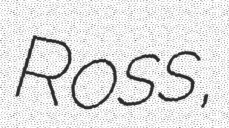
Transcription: Ross,